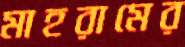
মাহরামের